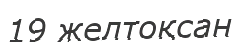
19 желтоқсан